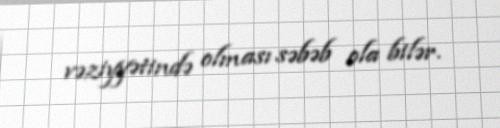
vəziyyətində olması səbəb ola bilər.